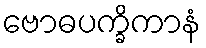
ဗောဓပက္ခိကာနံ